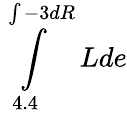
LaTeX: \int\limits_{4.4}^{\int-3dR}Lde